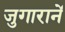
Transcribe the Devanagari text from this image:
जुगारानें